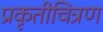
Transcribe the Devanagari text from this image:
प्रकृतीचित्रण